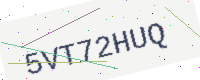
Text: 5VT72HUQ